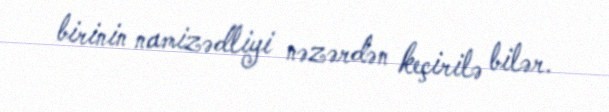
birinin namizədliyi nəzərdən keçirilə bilər.